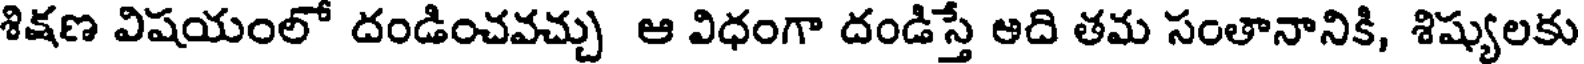
శిక్షణ విషయంలో దండించవచ్చు ఆ విధంగా దండిస్తే ఆది తమ సంతానానికి, శిష్యులకు